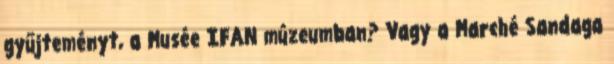
gyűjteményt, a Musée IFAN múzeumban? Vagy a Marché Sandaga